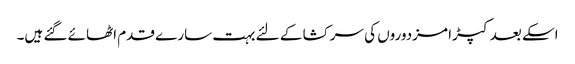
اسکے بعد کپڑا مزدوروں کی سرکشا کے لئے بہت سارے قدم اٹھائے گئے ہیں۔